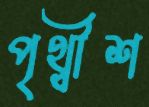
পৃথ্বীশ